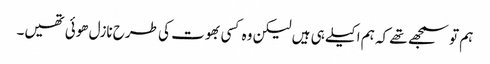
ہم تو سمجھے تھے کہ ہم اکیلے ہی ہیں لیکن وہ کسی بھوت کی طرح نازل ھوئی تھیں۔